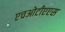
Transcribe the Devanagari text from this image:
एचओटीएएस